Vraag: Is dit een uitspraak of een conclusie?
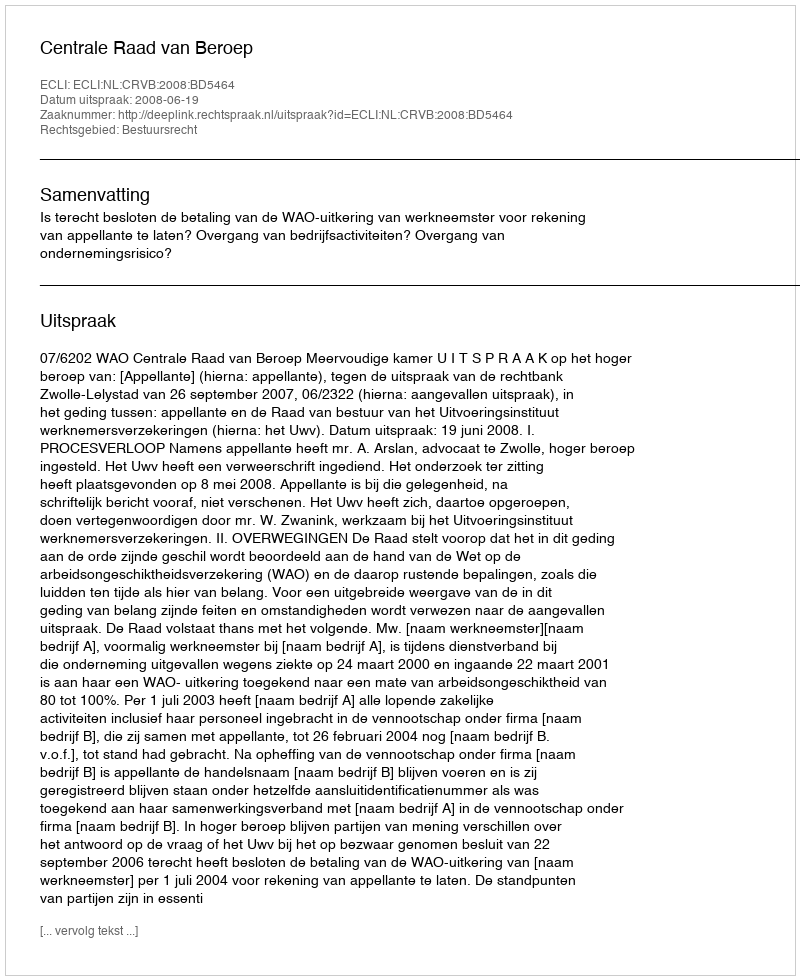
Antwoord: Uitspraak